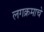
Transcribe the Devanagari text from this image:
लगक्रमाचे